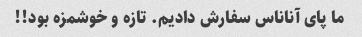
ما پای آناناس سفارش دادیم. تازه و خوشمزه بود!!